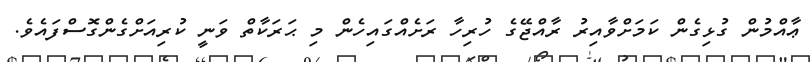
ޢާއްމުން ގުޅިގެން ކަމަށްވާއިރު ރާއްޖޭގެ ހުރިހާ ރަށެއްގައިހެން މި ޙަރަކާތް ވަނީ ކުރިއަށްގެންގޮސްފައެވެ.